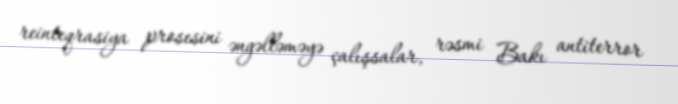
reinteqrasiya prosesini əngəlləməyə çalışsalar, rəsmi Bakı antiterror